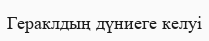
Гераклдың дүниеге келуі